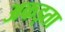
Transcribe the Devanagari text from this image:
अकड़ता